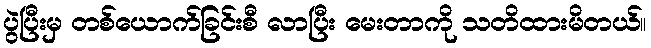
ပွဲပြီးမှ တစ်ယောက်ခြင်းစီ လာပြီး မေးတာကို သတိထားမိတယ်။